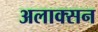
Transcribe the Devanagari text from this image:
अलाक्सन